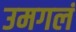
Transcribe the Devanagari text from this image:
उमगलं